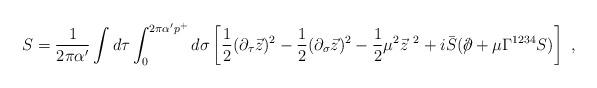
LaTeX: \begin{align*}S = \frac{1}{2 \pi \alpha '} \int d \tau \int ^{2 \pi \alpha ' p^+}_0 d \sigma \left[ \frac{1}{2} (\partial_{\tau} \vec{z})^2 - \frac{1}{2} (\partial_{\sigma} \vec{z})^2 - \frac{1}{2} \mu^2 \vec{z}^{\ 2} + i \bar S (\slash \!\!\! \partial + \mu \Gamma^{1234} S )\right] ~,\end{align*}